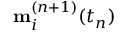
\mathbf { m } _ { i } ^ { ( n + 1 ) } ( t _ { n } )